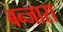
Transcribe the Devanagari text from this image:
बन्जारा